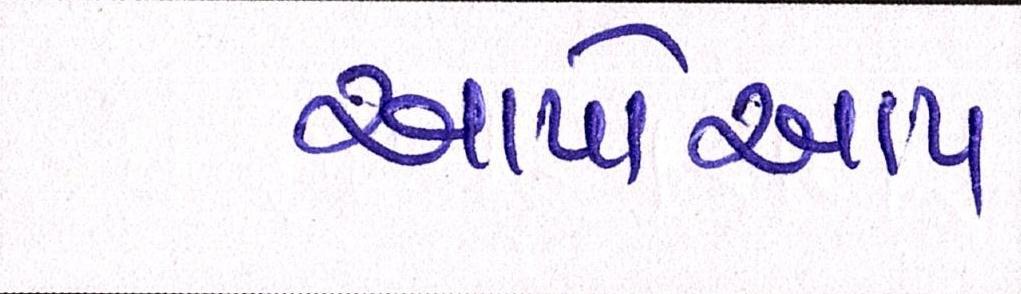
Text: આપોઆપ